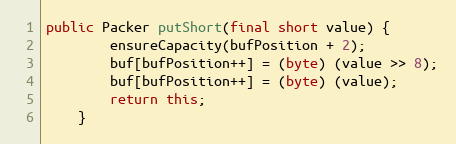
Language: Java
public Packer putShort(final short value) {
		ensureCapacity(bufPosition + 2);
		buf[bufPosition++] = (byte) (value >> 8);
		buf[bufPosition++] = (byte) (value);
		return this;
	}